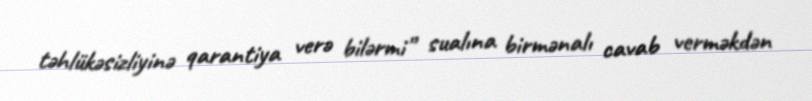
təhlükəsizliyinə qarantiya verə bilərmi” sualına birmənalı cavab verməkdən